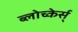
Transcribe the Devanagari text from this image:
ब्लोच्केर्स्